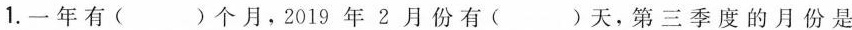
1.一年有( )个月，2019年2月份有( )天，第三季度的月份是